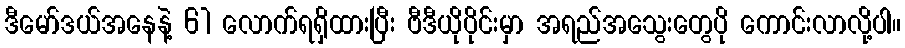
ဒီမော်ဒယ်အနေနဲ့ 61 လောက်ရရှိထားပြီး ဗီဒီယိုပိုင်းမှာ အရည်အသွေးတွေပို ကောင်းလာလို့ပါ။